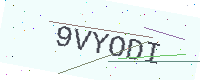
Text: 9VYODI